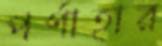
পর্ণাহার